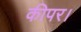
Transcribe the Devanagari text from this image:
कीपर।